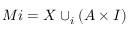
M i = X \cup _ { i } ( A \times I )